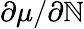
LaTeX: \partial\mu/\partial\mathbb{N}